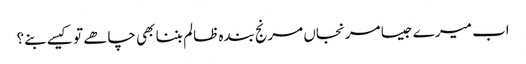
اب میرے جیسا مرنجاں مرنج بندہ ظالم بننا بھی چاھے تو کیسے بنے؟